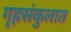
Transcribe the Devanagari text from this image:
गृहसंकुलात